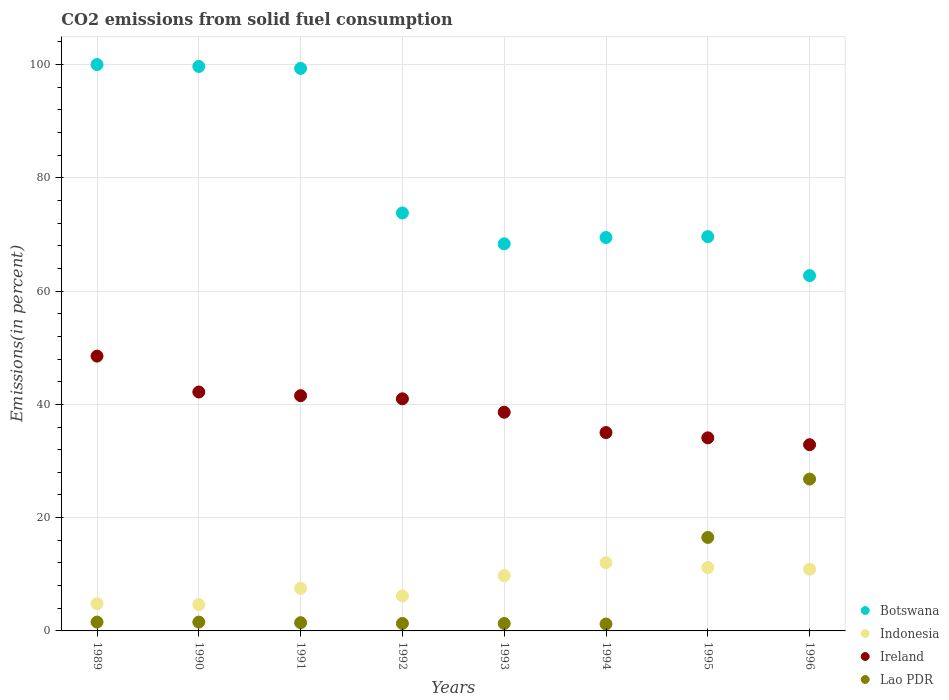
| Years | Botswana | Indonesia | Ireland | Lao PDR |
 | --- | --- | --- | --- | --- |
 | 1989 | 100 | 4.8 | 48.5 | 1.56 |
 | 1990 | 99.7 | 4.65 | 42.2 | 1.56 |
 | 1991 | 99.3 | 7.53 | 41.5 | 1.45 |
 | 1992 | 73.8 | 6.18 | 41 | 1.32 |
 | 1993 | 68.3 | 9.76 | 38.6 | 1.32 |
 | 1994 | 69.5 | 12 | 35 | 1.22 |
 | 1995 | 69.6 | 11.2 | 34.1 | 16.5 |
 | 1996 | 62.7 | 10.9 | 32.9 | 26.8 |